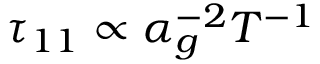
\tau _ { 1 1 } \propto \alpha _ { g } ^ { - 2 } T ^ { - 1 }